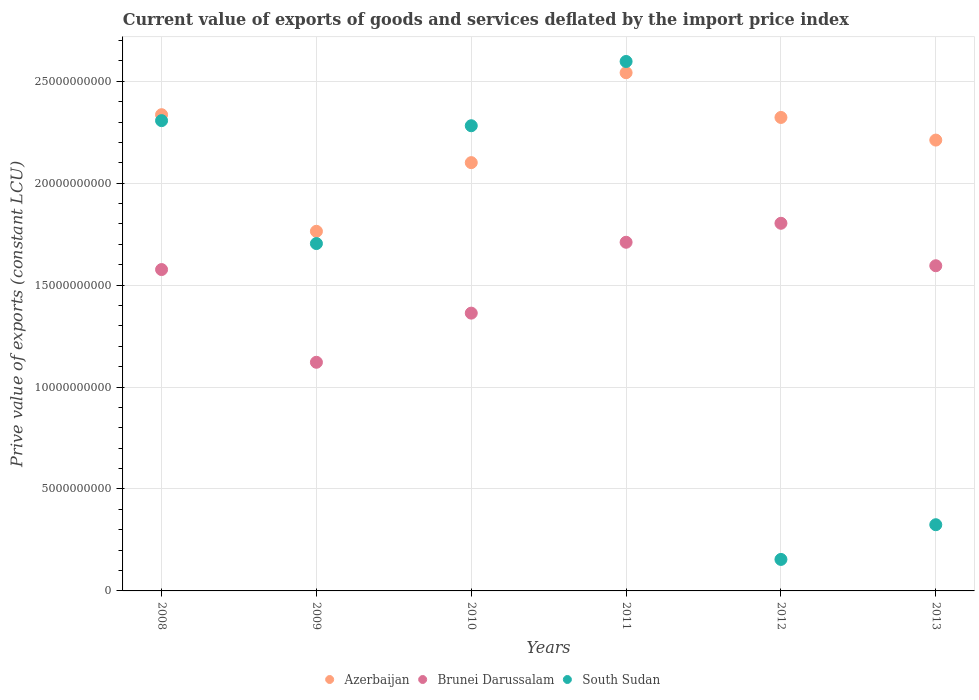
| Years | Azerbaijan | Brunei Darussalam | South Sudan |
 | --- | --- | --- | --- |
 | 2008 | 2.34e+10 | 1.58e+10 | 2.31e+10 |
 | 2009 | 1.76e+10 | 1.12e+10 | 1.7e+10 |
 | 2010 | 2.1e+10 | 1.36e+10 | 2.28e+10 |
 | 2011 | 2.54e+10 | 1.71e+10 | 2.6e+10 |
 | 2012 | 2.32e+10 | 1.8e+10 | 1.55e+09 |
 | 2013 | 2.21e+10 | 1.6e+10 | 3.25e+09 |